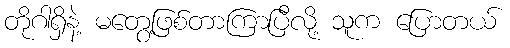
တိုဂါရှိနဲ့ မတွေ့ဖြစ်တာကြာပြီလို့ သူက ပြောတယ်